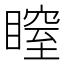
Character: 𥉺